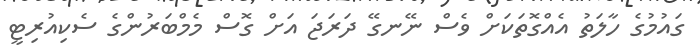
ގައުމުގެ ހާލަތު އެއްގޮތަކަށް ވެސް ނޭނގޭ ދަރަޖަ އަށް ގޮސް މެމްބަރުންގެ ސެކިއުރިޓީ